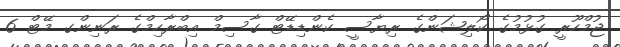
ޖުމްހޫރީ ގުޅުމުގެ ކޯލިޝަންގެ ރިޔާސީ ކެންޑިޑޭޓް ގާސިމް އިބްރާހިމްގެ ރަނިންގ މޭޓް 6